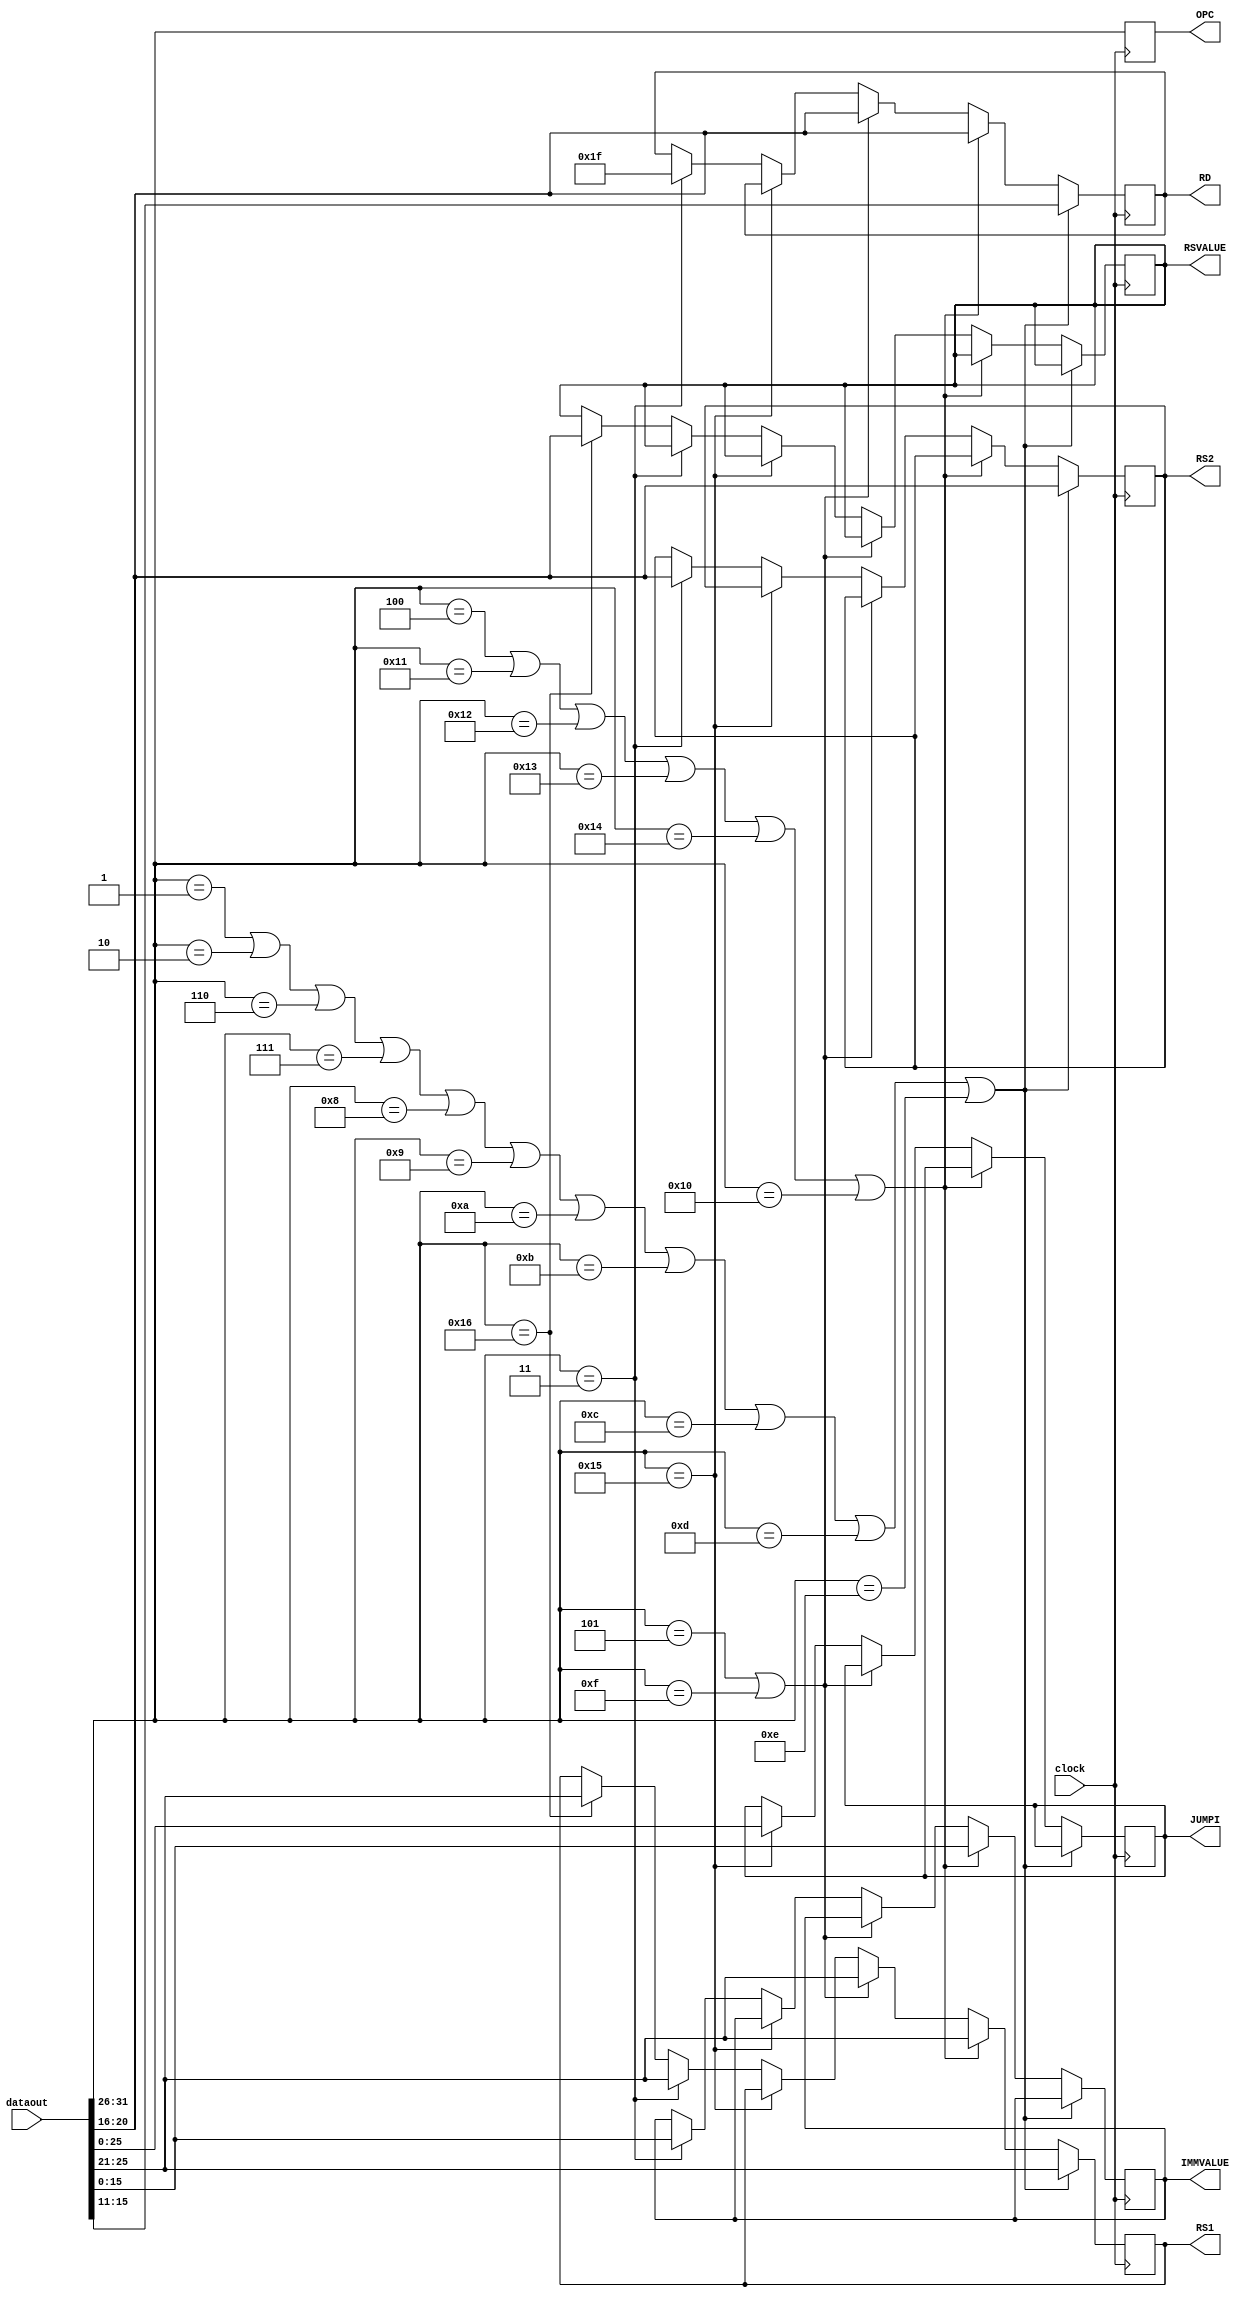
module instreg (RS1,RS2,RD,OPC,IMMVALUE,JUMPI,RSVALUE,dataout,clock);
input [31:0]dataout;
input clock;
output reg [4:0]RS1;
output reg [4:0]RS2;
output reg [4:0]RD;
output reg [5:0]OPC;
output reg [15:0]IMMVALUE;
output reg [25:0]JUMPI;
output reg [4:0]RSVALUE;
parameter NOP = 6'b0;
parameter ADD = 6'b000001;
parameter SUB = 6'b000010;
parameter STORE = 6'b000011; 
parameter LOAD = 6'b000100;
parameter MOVE = 6'b000101;
parameter SGE = 6'b000110;
parameter SLE = 6'b000111;
parameter SGT = 6'b001000;
parameter SLT = 6'b001001;
parameter SEQ = 6'b001010;
parameter SNE = 6'b001011;
parameter AND = 6'b001100;
parameter OR = 6'b001101;
parameter XOR = 6'b001110;
parameter NOT = 6'b001111;
parameter MOVEI = 6'b010000; 
parameter SLI = 6'b010001;
parameter SRI = 6'b010010;
parameter ADDI = 6'b010011;
parameter SUBI = 6'b010100;
parameter JUMP = 6'b010101;
parameter BRA = 6'b010110;

//inst_memory i2(.dataout(dataout));

always@(posedge clock)
begin

OPC = dataout[31:26];

if(OPC == ADD || OPC==SUB || OPC==SGE ||OPC==SLE || OPC==SGT ||OPC==SLT ||OPC==SEQ ||OPC==SNE ||OPC==AND ||OPC ==OR || OPC==XOR)
begin
RS1 = dataout[25:21];
RS2 = dataout[20:16];
RD = dataout[15:11];
end

else if ( OPC ==LOAD || OPC==SLI ||OPC==SRI || OPC==ADDI || OPC ==SUBI || OPC ==MOVEI )
begin
IMMVALUE = dataout[15:0];
RD = dataout[20:16];
RS1 = dataout[25:21];
end

else if( OPC ==MOVE || OPC==NOT)
begin
RD = dataout[20:16];
RS1 = dataout[25:21];
end

else if (OPC==JUMP)
begin
JUMPI = dataout[25:0];
end

else if(OPC == STORE )
    begin
    RS2  = dataout[20:16];
    RS1 <= dataout[25:21];
    RD <=  5'b11111; 
    IMMVALUE = dataout[15:0];
    end
else if (OPC==BRA)
begin
RS1 = dataout[25:21];
RSVALUE = dataout [20:16];
end

end
endmodule